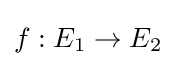
f:E_{1}\to E_{2}